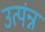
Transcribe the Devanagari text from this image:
उत्पंन्न